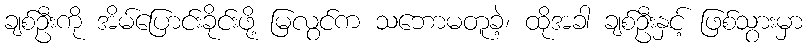
ချစ်ဦးကို အိမ်ပြောင်းခိုင်းဖို့ မြလွင်က သဘောမတူခဲ့၊ ထိုအခါ ချစ်ဦးနှင့် ဖြစ်သွားမှာ